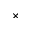
\times